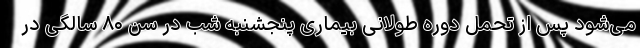
می‌شود پس از تحمل دوره طولانی بیماری پنجشنبه شب در سن ۸۰ سالگی در